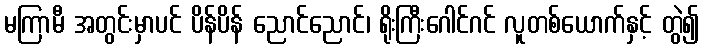
မကြာမီ အတွင်းမှာပင် ပိန်ပိန် ညောင်ညောင်၊ ရိုးကြီးဂေါင်ဂင် လူတစ်ယောက်နှင့် တွဲ၍